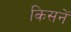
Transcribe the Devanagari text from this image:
किसनें